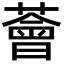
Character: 薈